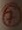
Text: 7